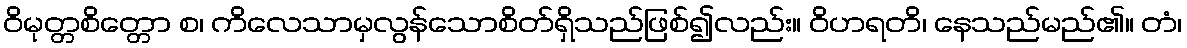
ဝိမုတ္တစိတ္တော စ၊ ကိလေသာမှလွန်သောစိတ်ရှိသည်ဖြစ်၍လည်း။ ဝိဟရတိ၊ နေသည်မည်၏။ တံ၊